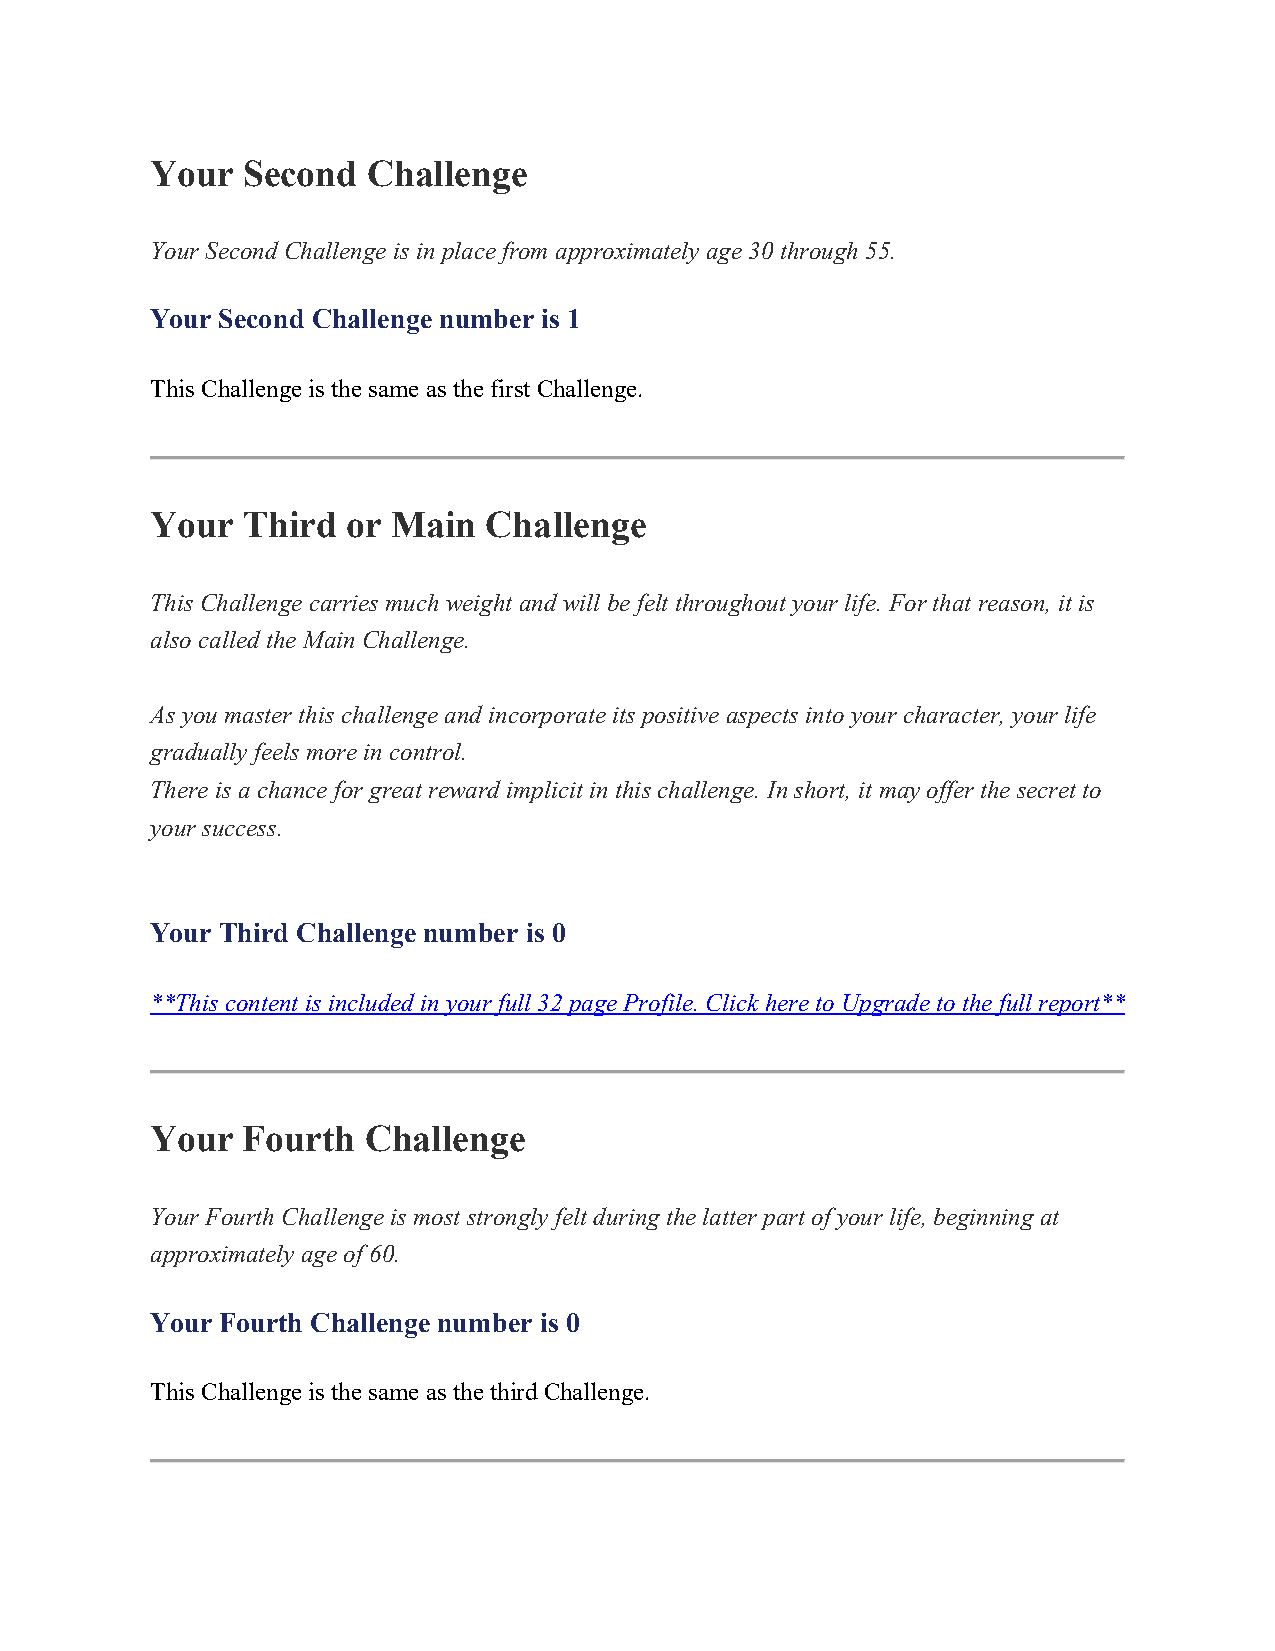
Your  Second  Challenge
 Your Second Challenge is in place from approximately age 30 through 55.
 Your Second Challenge number is 1
 This Challenge is the same as the first Challenge.
 Your  Third  or Main  Challenge
 This Challenge carries much weight and will be felt throughout your life. For that reason, it is
 also called the Main Challenge.
 As you master this challenge and incorporate its positive aspects into your character, your life
 gradually feels more in control.
 There is a chance for great reward implicit in this challenge. In short, it may offer the secret to
 your success.
 Your Third Challenge number is 0
 **This content is included in your full 32 page Profile. Click here to Upgrade to the full report**
 Your  Fourth  Challenge
 Your Fourth Challenge is most strongly felt during the latter part of your life, beginning at
 approximately age of 60.
 Your Fourth Challenge number is 0
 This Challenge is the same as the third Challenge.